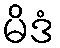
မိဒံ